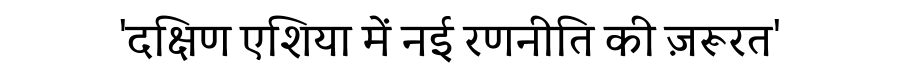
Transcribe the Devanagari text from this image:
'दक्षिण एशिया में नई रणनीति की ज़रूरत'